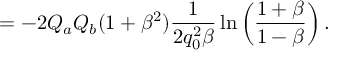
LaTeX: = - 2 Q _ { a } Q _ { b } ( 1 + \beta ^ { 2 } ) { \frac { 1 } { 2 q _ { 0 } ^ { 2 } \beta } } \ln \left( { \frac { 1 + \beta } { 1 - \beta } } \right) .